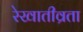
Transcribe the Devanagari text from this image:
रेखातीव्रता